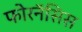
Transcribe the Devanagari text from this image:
फोरनॅसिस